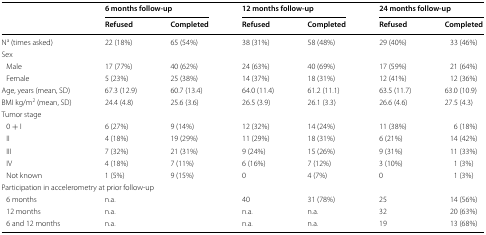
<table><thead><tr><td rowspan="2"></td><td colspan="2"><b>6 months follow-up</b></td><td colspan="2"><b>12 months follow-up</b></td><td colspan="2"><b>24 months follow-up</b></td></tr><tr><td><b>Refused</b></td><td><b>Completed</b></td><td><b>Refused</b></td><td><b>Completed</b></td><td><b>Refused</b></td><td><b>Completed</b></td></tr></thead><tbody><tr><td>N<sup>a</sup> (times asked)</td><td>22 (18%)</td><td>65 (54%)</td><td>38 (31%)</td><td>58 (48%)</td><td>29 (40%)</td><td>33 (46%)</td></tr><tr><td colspan="7">Sex</td></tr><tr><td> Male</td><td>17 (77%)</td><td>40 (62%)</td><td>24 (63%)</td><td>40 (69%)</td><td>17 (59%)</td><td>21 (64%)</td></tr><tr><td> Female</td><td>5 (23%)</td><td>25 (38%)</td><td>14 (37%)</td><td>18 (31%)</td><td>12 (41%)</td><td>12 (36%)</td></tr><tr><td>Age, years (mean, SD)</td><td>67.3 (12.9)</td><td>60.7 (13.4)</td><td>64.0 (11.4)</td><td>61.2 (11.1)</td><td>63.5 (11.7)</td><td>63.0 (10.9)</td></tr><tr><td>BMI kg/m<sup>2</sup> (mean, SD)</td><td>24.4 (4.8)</td><td>25.6 (3.6)</td><td>26.5 (3.9)</td><td>26.1 (3.3)</td><td>26.6 (4.6)</td><td>27.5 (4.3)</td></tr><tr><td colspan="7">Tumor stage</td></tr><tr><td> 0 + I</td><td>6 (27%)</td><td>9 (14%)</td><td>12 (32%)</td><td>14 (24%)</td><td>11 (38%)</td><td>6 (18%)</td></tr><tr><td> II</td><td>4 (18%)</td><td>19 (29%)</td><td>11 (29%)</td><td>18 (31%)</td><td>6 (21%)</td><td>14 (42%)</td></tr><tr><td> III</td><td>7 (32%)</td><td>21 (31%)</td><td>9 (24%)</td><td>15 (26%)</td><td>9 (31%)</td><td>11 (33%)</td></tr><tr><td> IV</td><td>4 (18%)</td><td>7 (11%)</td><td>6 (16%)</td><td>7 (12%)</td><td>3 (10%)</td><td>1 (3%)</td></tr><tr><td> Not known</td><td>1 (5%)</td><td>9 (15%)</td><td>0</td><td>4 (7%)</td><td>0</td><td>1 (3%)</td></tr><tr><td colspan="7">Participation in accelerometry at prior follow-up</td></tr><tr><td> 6 months</td><td colspan="2">n.a.</td><td>40</td><td>31 (78%)</td><td>25</td><td>14 (56%)</td></tr><tr><td> 12 months</td><td colspan="2">n.a.</td><td>n.a.</td><td>n.a.</td><td>32</td><td>20 (63%)</td></tr><tr><td> 6 and 12 months</td><td colspan="2">n.a.</td><td>n.a.</td><td>n.a.</td><td>19</td><td>13 (68%)</td></tr></tbody></table>